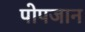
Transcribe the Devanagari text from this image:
पोपजान